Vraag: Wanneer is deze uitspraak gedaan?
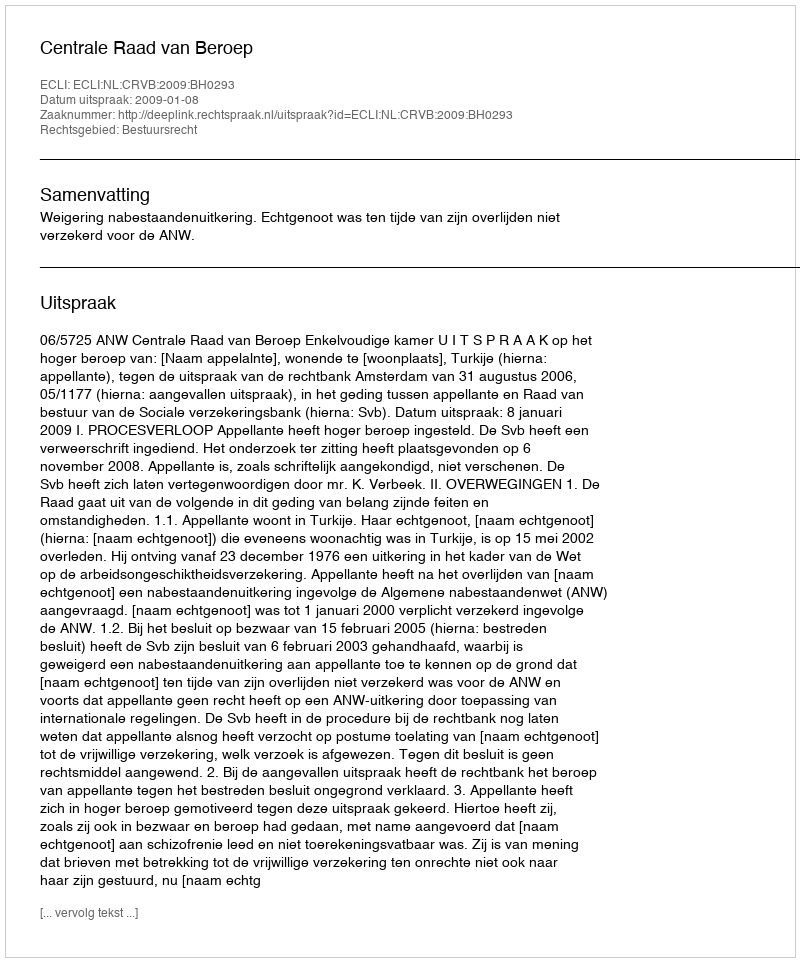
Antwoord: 2009-01-08